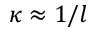
\kappa \approx 1 / l